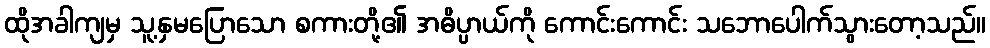
ထိုအခါကျမှ သူ့နှမပြောသော စကားတို့၏ အဓိပ္ပာယ်ကို ကောင်းကောင်း သဘောပေါက်သွားတော့သည်။